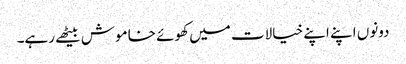
دونوں اپنے اپنے خیالات میں کھوئے خاموش بیٹھے رہے۔